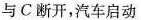
与C断开，汽车启动